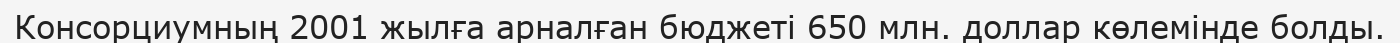
Консорциумның 2001 жылға арналған бюджеті 650 млн. доллар көлемінде болды.